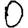
Digit: 0